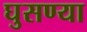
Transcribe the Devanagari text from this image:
घुसण्या